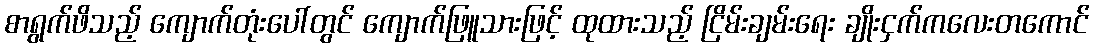
စာရွက်ဖိသည့် ကျောက်တုံးပေါ်တွင် ကျောက်ဖြူသားဖြင့် ထုထားသည့် ငြိမ်းချမ်းရေး ချိုးငှက်ကလေးတကောင်